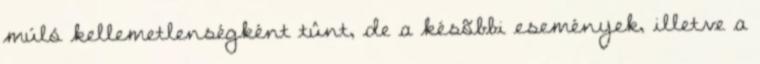
múló kellemetlenségként tûnt, de a késõbbi események, illetve a